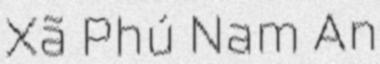
Xã Phú Nam An